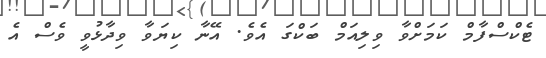
ޓެކްސްފާމް ކަމަށްވާ ވިލިއަމް ބަކްގަ އެވެ. އޭނާ ކިޔަވާ ވިދާޅުވީ ވެސް އެ